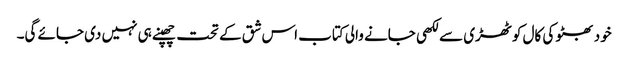
خود بھٹو کی کال کوٹھڑی سے لکھی جانے والی کتاب اس شق کے تحت چھپنے ہی نہیں دی جائے گی۔